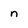
Character: n